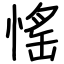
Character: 愮